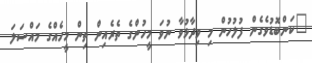
"ކަންބޮޑުވެގެން ފުލުހުން މި ވިދާޅުވާ ނުވަ މީހުންގެ ތެރެއިން ތިން މީހެއްގެ މައްސަލަ